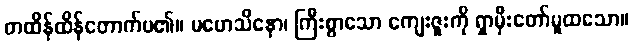
တထိန်ထိန်တောက်ပ၏။ မဟေသိနော၊ ကြီးစွာသော ကျေးဇူးကို ရှာမှီးတော်မူထသော။